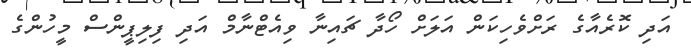
އަދި ކޮރެއާގެ ރަށްވެހިކަން އަލަށް ހޯދާ ޗައިނާ ވިއެޓްނާމް އަދި ފިލިޕީންސް މީހުންގެ